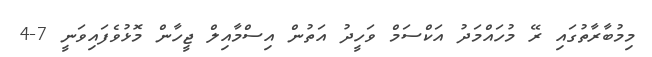
މިމުބާރާތުގައި ރޭ މުހައްމަދު އަކްސަމް ވަހީދު އަތުން އިސްމާއިލް ޖީހާން މޮޅުވެފައިވަނީ 7-4